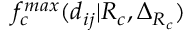
f _ { c } ^ { m a x } ( d _ { i j } | R _ { c } , \Delta _ { R _ { c } } )